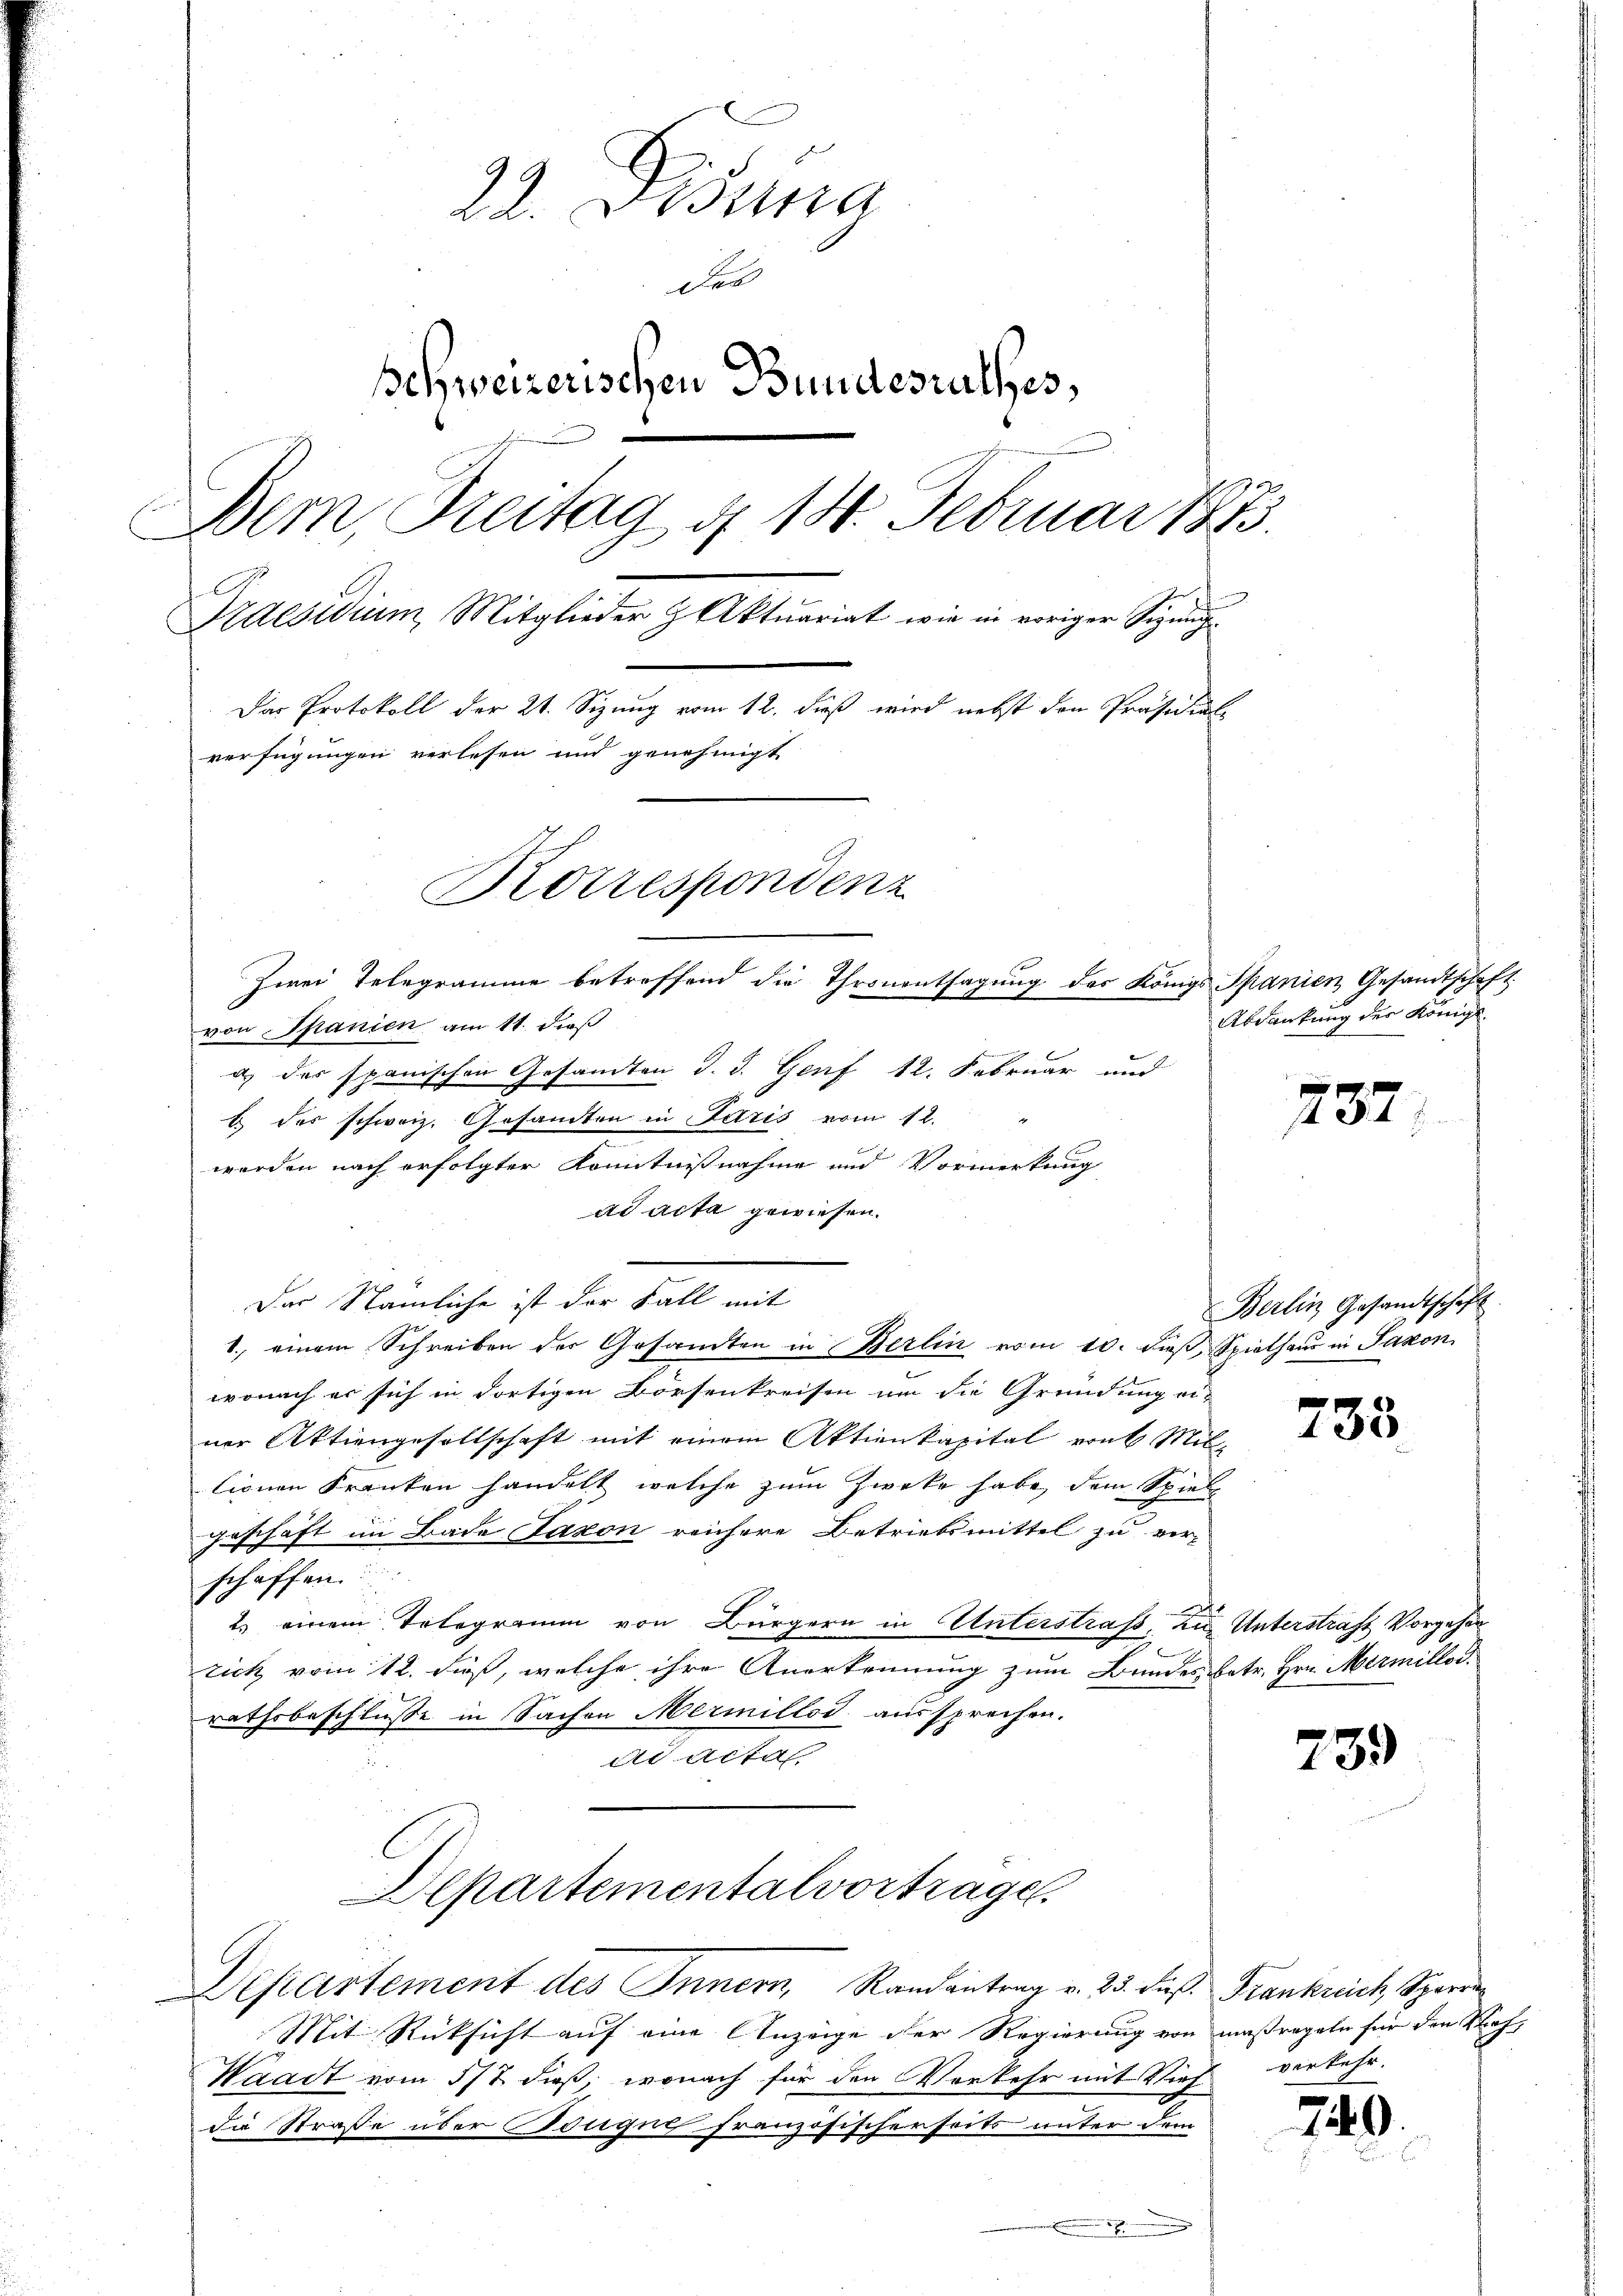
22. Disena
des
Behweizerischen Bundesrathes,
Bem, Freitag d 14. Februar 1873.
Praesidium, Mitglieder H Aktuariat wie in voriger Sigung
Das Protokoll der 21. Sizung vom 12. dieß wird nebst den Präsidial-
verfügungen verlesen und genehmigt
Korrespondenz

von Spanien am 11. dieß
a) des spanischen Gesandten d. d. Genf 12. Februar und
b des schweiz. Gesandten in Paris vom 12.
werden nach erfolgter Könntnißnahme und Vormerkung
ad acta gewiesen.
Der Nämliche ist der Fall mit
wonach er sich in dortigen Börsenkreisen um die Gründung ei-
ner Aktiengesellschaft mit einem Aktienkapital von Mililionen Franken handelt, welche zum Zwecke habe, dem Spiel
geschäft im Bade Taxon reichere Betriebsmittel zu ver-
schaffen.
2. einem Telegramm von Bürgern in Unterstraß, zu Unterstraft Vorgehen
rich vom 12. daß, welche ihre Anerkennung zum Bundes betr. Hrn. Mermillod
rathsbeschlusse in Sachen Mermillod aussprechen.
de Acta
Departementalvortrage.
Departement des Innern, Randantrag v. 25. dieß. Frankreich Sperr
Mit Rücksicht auf eine Anzeige der Regierung von maßregeln für den Stief,
Waadt vom 5/7. dieß, wonach für den Verkehr mit Vieh
di Straße über Tongus französischerseits unter dem
.

1. einem Schreiben der Gesamten in Berlin vom 10. dieß, Spielhaus in Jakon

zwei Telegramme betreffend die Thronentsagung des Königs Spanien Gesandtschaft

Abdankung des Königl.

237

Berlin Gesandtschaft

733

739

verkehr.

240.